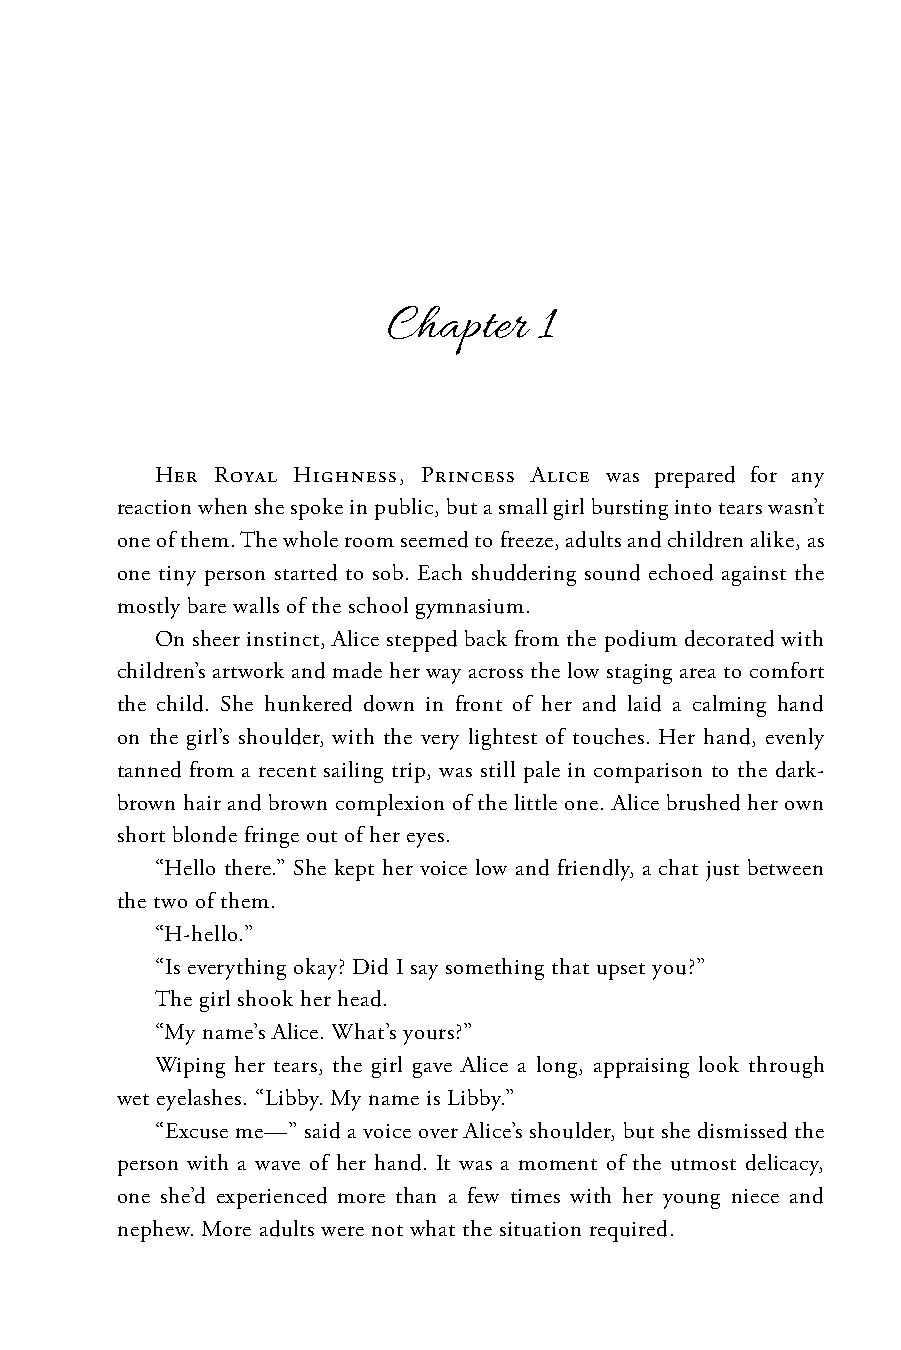
Chapter   1
 Her Royal Highness, Princess Alice was prepared for any
 reaction when she spoke in public, but a small girl bursting into tears wasn’t
 one of them. The whole room seemed to freeze, adults and children alike, as
 one tiny person started to sob. Each shuddering sound echoed against the
 mostly bare walls of the school gymnasium.
 On sheer instinct, Alice stepped back from the podium decorated with
 children’s artwork and made her way across the low staging area to comfort
 the child. She hunkered down in front of her and laid a calming hand
 on the girl’s shoulder, with the very lightest of touches. Her hand, evenly
 tanned from a recent sailing trip, was still pale in comparison to the dark-
 brown hair and brown complexion of the little one. Alice brushed her own
 short blonde fringe out of her eyes.
 “Hello there.” She kept her voice low and friendly, a chat just between
 the two of them.
 “H-hello.”
 “Is everything okay? Did I say something that upset you?”
 The girl shook her head.
 “My name’s Alice. What’s yours?”
 Wiping her tears, the girl gave Alice a long, appraising look through
 wet eyelashes. “Libby. My name is Libby.”
 “Excuse me—” said a voice over Alice’s shoulder, but she dismissed the
 person with a wave of her hand. It was a moment of the utmost delicacy,
 one she’d experienced more than a few times with her young niece and
 nephew. More adults were not what the situation required.